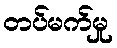
တပ်မက်မှု